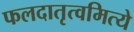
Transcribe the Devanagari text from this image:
फलदातृत्वमित्ये